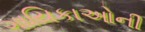
ગાયિકાઓની